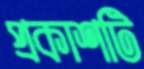
প্রকাশটি